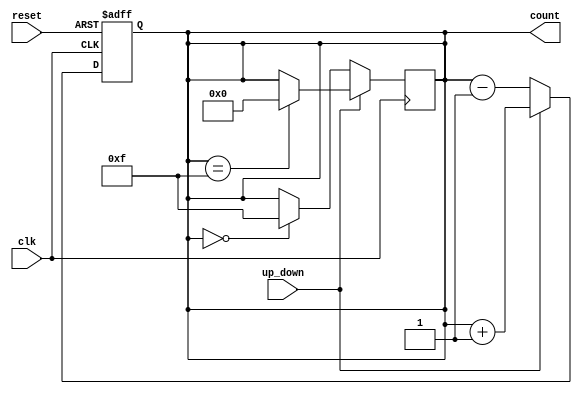
module UpDownCounter #(
    parameter N = 4 // Parameter to define the width of the counter (n-bits)
)(
    input wire clk,          // Clock signal
    input wire reset,        // Asynchronous reset signal
    input wire up_down,      // Control signal for counting direction
    output reg [N-1:0] count // n-bit output for the current count value
);

    // Asynchronous reset logic
    always @(posedge clk or posedge reset) begin
        if (reset) begin
            count <= 0; // Reset counter to 0
        end else begin
            if (up_down) begin
                // Count up
                count <= count + 1;
            end else begin
                // Count down
                count <= count - 1;
            end
        end
    end

    // Handle wrap-around conditions
    always @(posedge clk) begin
        if (up_down) begin
            // Wrap around on maximum value
            if (count == {N{1'b1}}) // 2^n - 1
                count <= 0; // Wrap to 0
        end else begin
            // Wrap around on minimum value
            if (count == 0)
                count <= {N{1'b1}}; // Wrap to 2^n - 1
        end
    end
endmodule